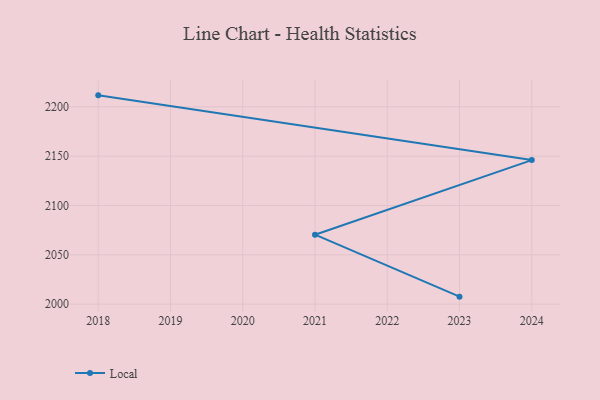
{"axis": {"x": "Year", "y": "Waste Production (Tons)"}, "legend": ["Local"], "data": [{"x": "2018", "y": 2211.6, "type": "Local"}, {"x": "2024", "y": 2146.0, "type": "Local"}, {"x": "2021", "y": 2070.4, "type": "Local"}, {"x": "2023", "y": 2007.6, "type": "Local"}]}